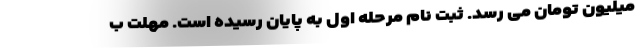
میلیون تومان می رسد. ثبت نام مرحله اول به پایان رسیده است. مهلت ب